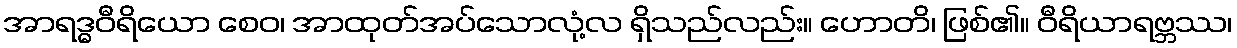
အာရဒ္ဓဝီရိယော စေဝ၊ အာထုတ်အပ်သောလုံ့လ ရှိသည်လည်း။ ဟောတိ၊ ဖြစ်၏။ ဝီရိယာရဗ္ဘဿ၊